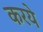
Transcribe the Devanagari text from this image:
करये